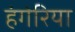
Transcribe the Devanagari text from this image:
हंगेरिया